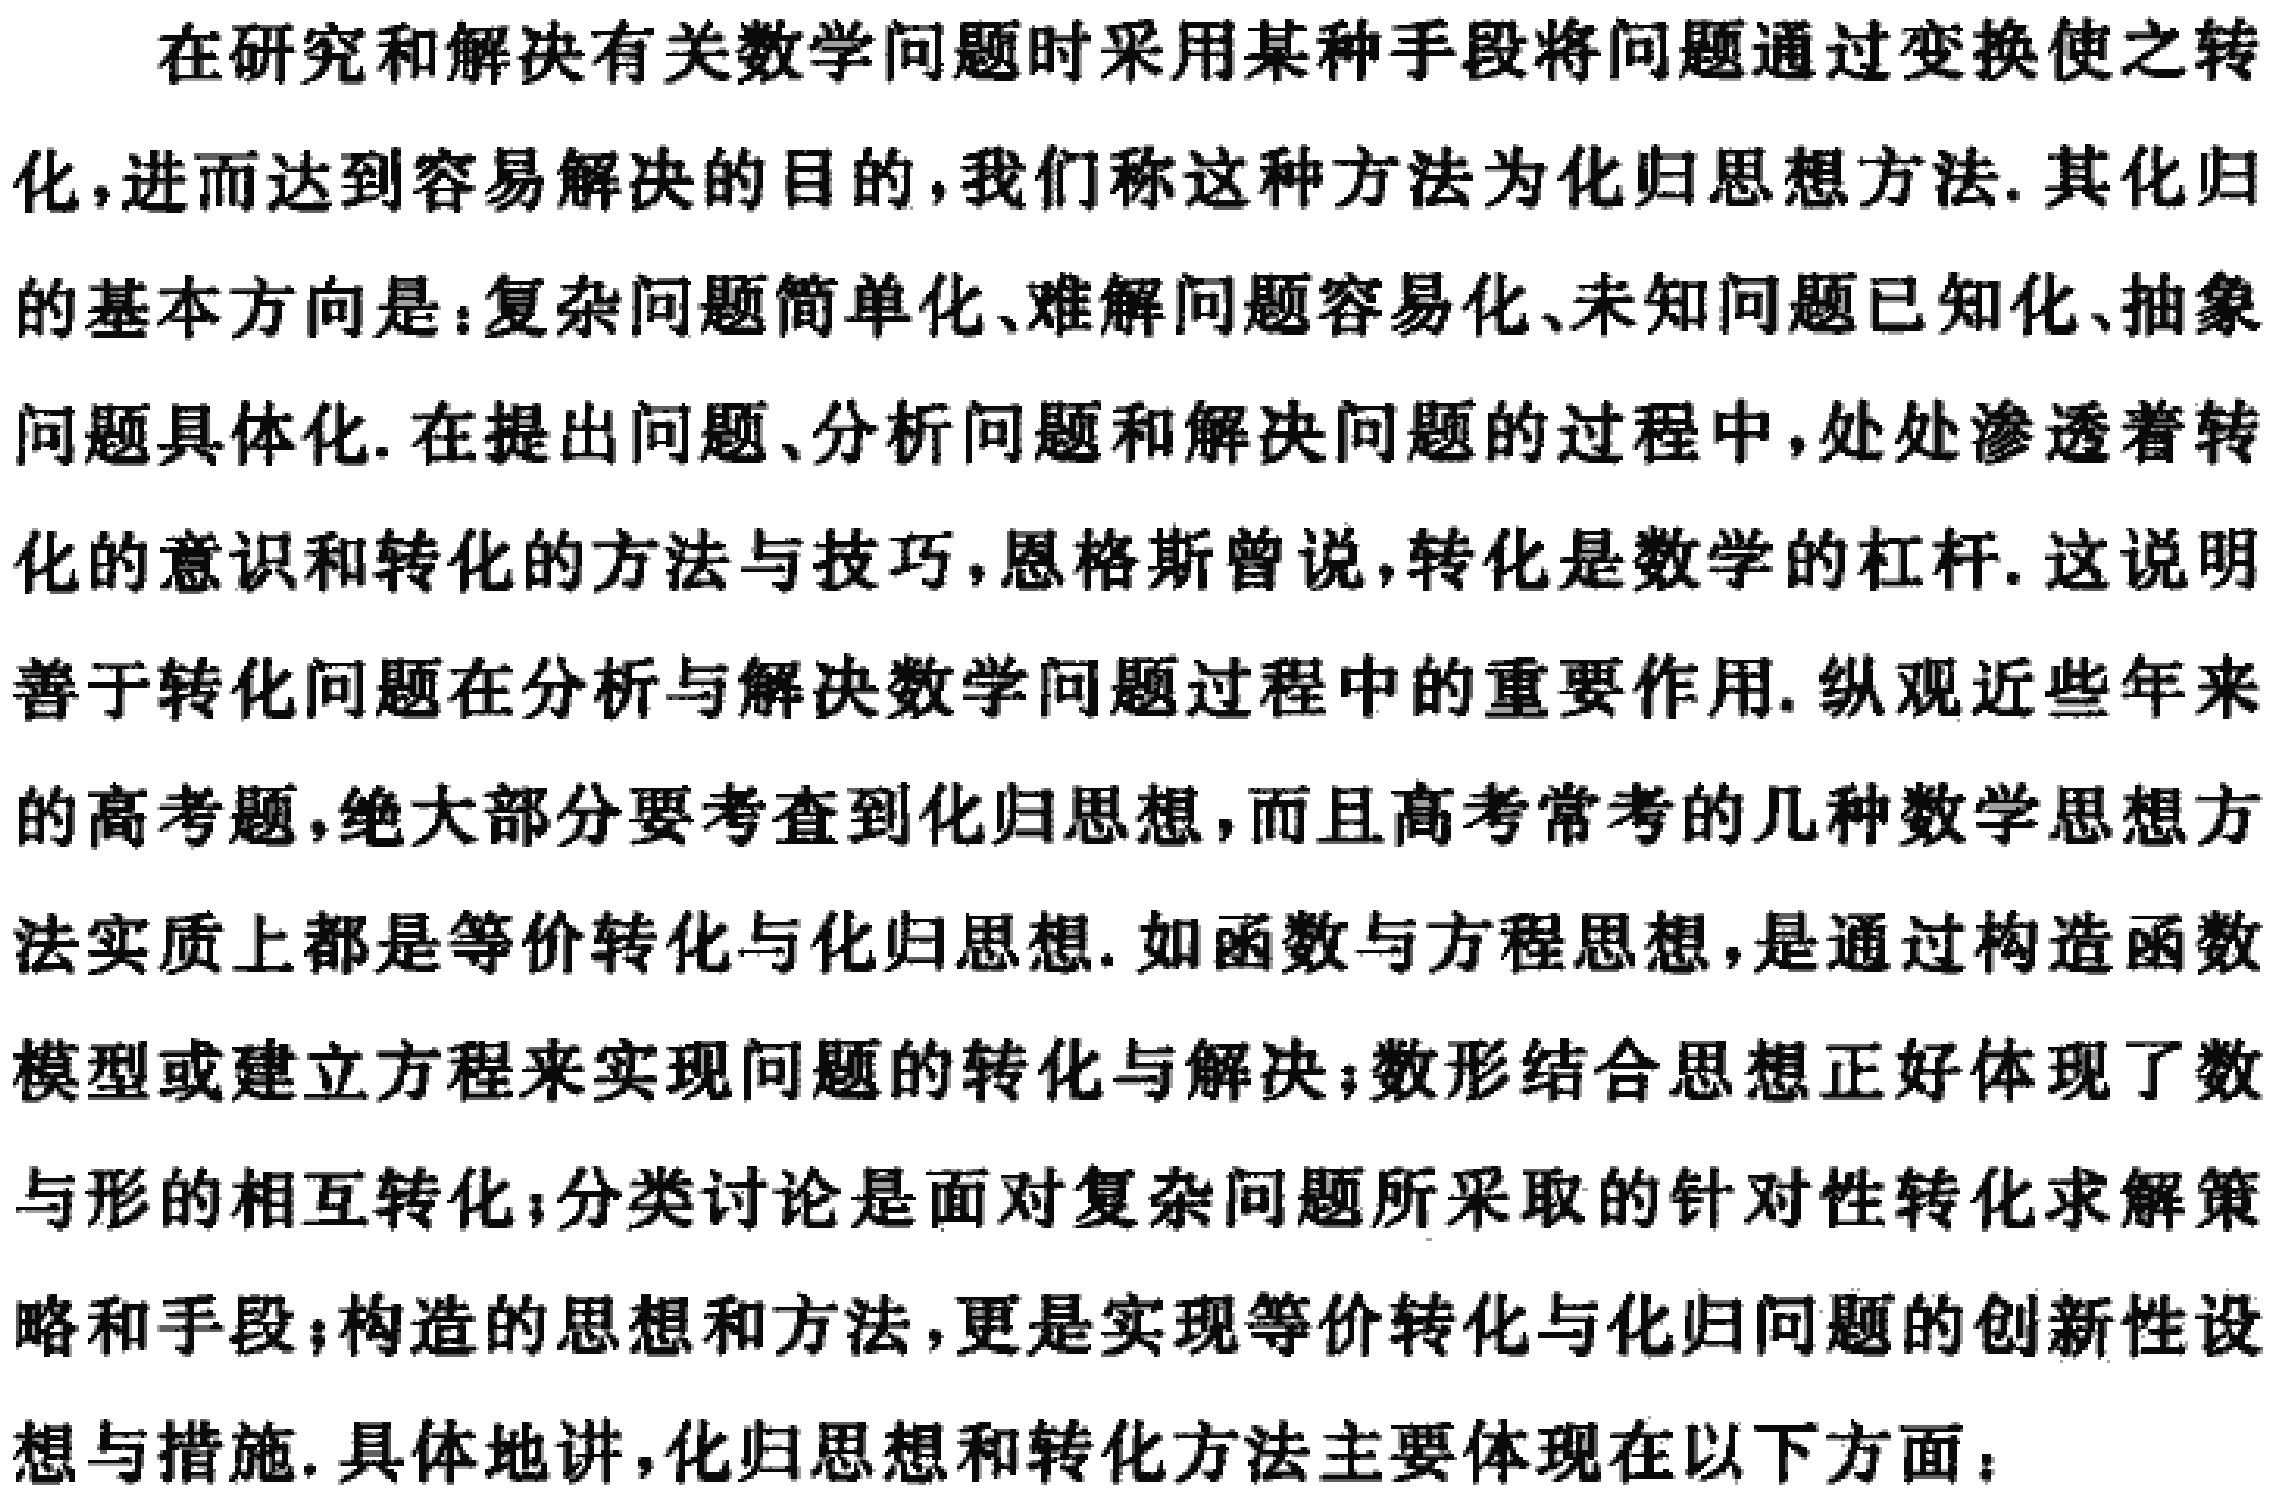
在研究和解决有关数学问题时采用某种手段将问题通过变换使之转化，进而达到容易解决的目的，我们称这种方法为化归思想方法. 其化归的基本方向是：复杂问题简单化、难解问题容易化、未知问题已知化、抽象问题具体化. 在提出问题、分析问题和解决问题的过程中，处处渗透着转化的意识和转化的方法与技巧，恩格斯曾说，转化是数学的杠杆. 这说明善于转化问题在分析与解决数学问题过程中的重要作用. 纵观近些年来的高考题，绝大部分要考查到化归思想，而且高考常考的几种数学思想方法实质上都是等价转化与化归思想. 如函数与方程思想，是通过构造函数模型或建立方程来实现问题的转化与解决；数形结合思想正好体现了数与形的相互转化；分类讨论是面对复杂问题所采取的针对性转化求解策略和手段；构造的思想和方法，更是实现等价转化与化归问题的创新性设想与措施. 具体地讲，化归思想和转化方法主要体现在以下方面：